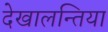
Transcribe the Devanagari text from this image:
देखालन्तिया